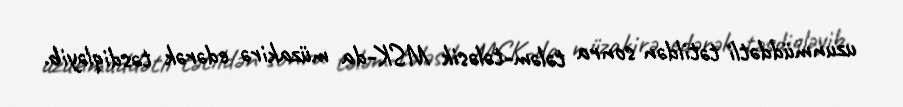
uzunmüddətli tətildən sonra tələm-tələsik MSK-da müzakirə edərək təsdiqləyib.